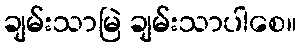
ချမ်းသာမြဲ ချမ်းသာပါစေ။